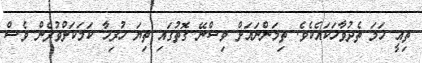
ތިއީ ހަމަ ތެދުވާހަކައެކެވެ. ތިމަންނައަށް ވިސްނޭ ގޮތުގައި ތިޔަ ހުރިހާ ކަމަކަށްވުރެން ވެސް